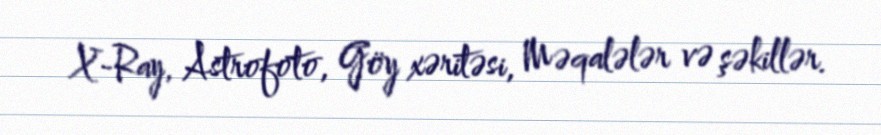
X-Ray, Astrofoto, Göy xəritəsi, Məqalələr və şəkillər.